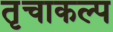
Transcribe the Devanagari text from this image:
तृचाकल्प